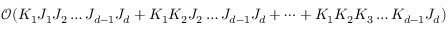
\mathcal { O } ( K _ { 1 } J _ { 1 } J _ { 2 } \dots J _ { d - 1 } J _ { d } + K _ { 1 } K _ { 2 } J _ { 2 } \dots J _ { d - 1 } J _ { d } + \dots + K _ { 1 } K _ { 2 } K _ { 3 } \dots K _ { d - 1 } J _ { d } )